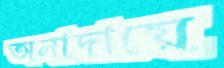
অনাদায়ে